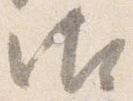
御